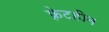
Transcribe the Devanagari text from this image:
फ़्रेटहीन